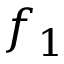
f _ { 1 }